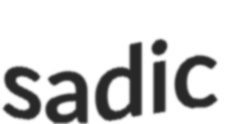
sadic